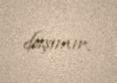
daşımır.